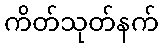
ကိတ်သုတ်နက်